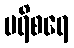
ပရိစရေ